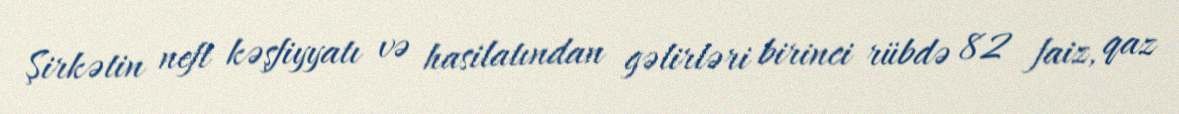
Şirkətin neft kəşfiyyatı və hasilatından gəlirləri birinci rübdə 82 faiz, qaz